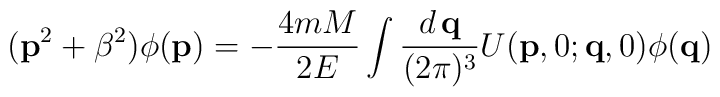
({\bf p}^2+\beta^2)\phi ({\bf p})=-\frac {4mM}{2E}\int\frac {d\,{\bf q}}{(2\pi )^3}U({\bf p},0;{\bf q},0)\phi ({\bf q})